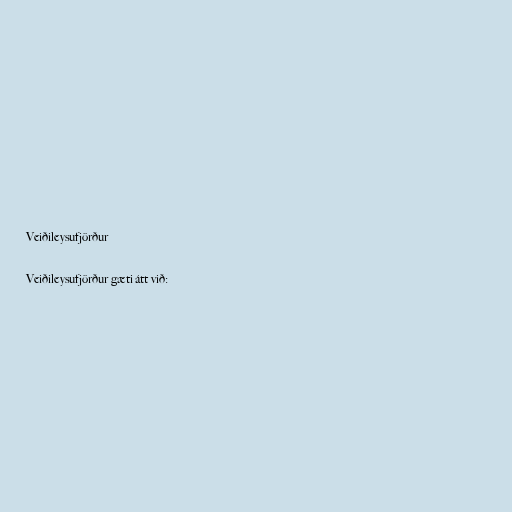
Veiðileysufjörður

Veiðileysufjörður gæti átt við: